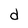
Character: d